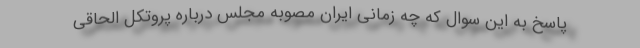
پاسخ به این سوال که چه زمانی ایران مصوبه مجلس درباره پروتکل الحاقی